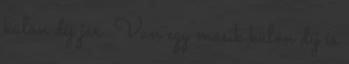
külön díj jár. Van egy másik külön díj is